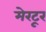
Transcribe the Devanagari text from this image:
मेरटूर